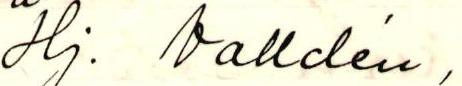
Hj. Valldén,